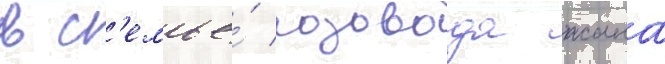
в с'емье́ розовода жана